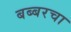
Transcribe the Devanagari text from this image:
बब्बरचा